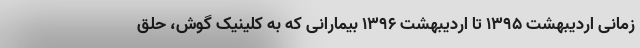
زمانی اردیبهشت ۱۳۹۵ تا اردیبهشت ۱۳۹۶ بیمارانی که به کلینیک گوش، حلق